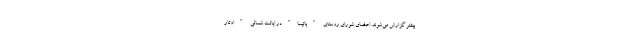
بیشتر گزارش می‌شوند. اعضای شورای روستای "باتیسا"در ایالت شمالی "اوتار